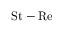
\mathrm { S t } - \mathrm { R e }